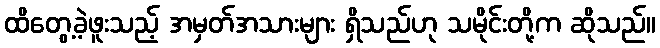
ထိတွေ့ခဲ့ဖူးသည့် အမှတ်အသားများ ရှိသည်ဟု သမိုင်းတို့က ဆိုသည်။